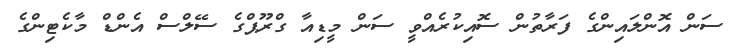
ސަން އޮންލައިންގެ ފަރާތުން ސޮއިކުރެއްވީ ސަން މީޑިއާ ގްރޫޕްގެ ސޭލްސް އެންޑް މާކެޓިންގެ